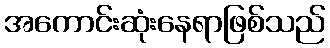
အကောင်းဆုံးနေရာဖြစ်သည်